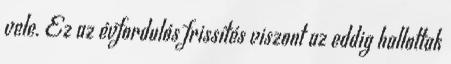
vele. Ez az évfordulós frissítés viszont az eddig hallottak